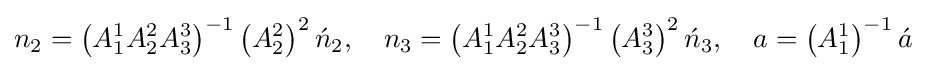
n_{2}=\left(A_{1}^{1}A_{2}^{2}A_{3}^{3}\right)^{-1}\left(A_{2}^{2}\right)^{2}{\acute {n}}_{2},\quad n_{3}=\left(A_{1}^{1}A_{2}^{2}A_{3}^{3}\right)^{-1}\left(A_{3}^{3}\right)^{2}{\acute {n}}_{3},\quad a=\left(A_{1}^{1}\right)^{-1}{\acute {a}}